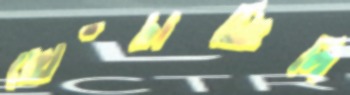
ছোঁচাচ্ছিলি